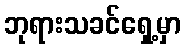
ဘုရားသခင်ရှေ့မှာ